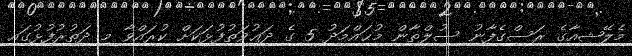
މެލޭޝިއާގެ ރަސްގެފާނު ސުލްތާން މުޙައްމަދު 5 ގެ ދަޢުވަތުފުޅަކަށް ކުރައްވާ މި ދަތުރުފުޅުގައި